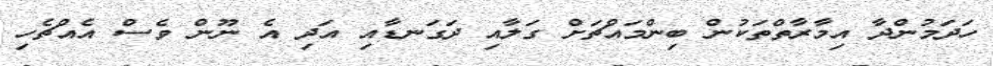
ހަދަމުންދާ އިމާރާތްތަކުން ބިންމައްޗަށް ގަލާއި ދަގަނޑާއި އަދި އެ ނޫން ވެސް އެއްޗެހި